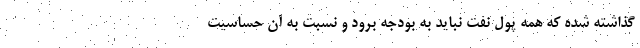
گذاشته شده که همه پول نفت نباید به بودجه برود و نسبت به آن حساسیت